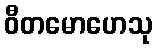
ဝီတမောဟေသု